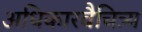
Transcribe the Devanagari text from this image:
अधिकारवैचित्र्य